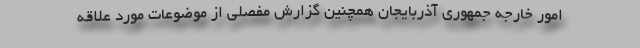
امور خارجه جمهوری آذربایجان همچنین گزارش مفصلی از موضوعات مورد علاقه